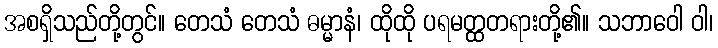
အစရှိသည်တို့တွင်။ တေသံ တေသံ ဓမ္မာနံ၊ ထိုထို ပရမတ္ထတရားတို့၏။ သဘာဝေါ ဝါ၊